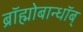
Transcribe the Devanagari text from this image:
ब्रॉह्मोबान्धॉब्